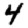
Digit: 4